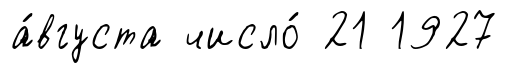
а́вгуста число́ 21 1927